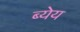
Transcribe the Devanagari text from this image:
ब्येय